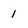
Character: 1